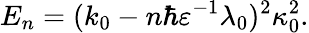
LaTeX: E_{n}=(k_{0}-n\hbar\varepsilon^{-1}\lambda_{0})^{2}\kappa_{0}^{2}.